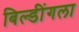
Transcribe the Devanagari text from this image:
बिल्डींगला